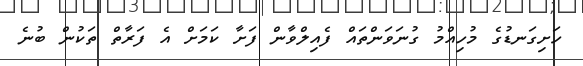
ހަށިގަނޑުގެ މުހިއްމު ގުނަވަންތައް ފެއިލްވާން ފަށާ ކަމަށް އެ ފަރާތް ތަކުން ބުނެ